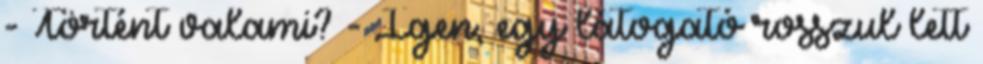
- Történt valami? - Igen, egy látogató rosszul lett